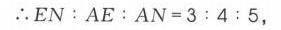
\(\therefore EN:AE:AN = 3:4:5\),